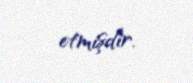
etmişdir.